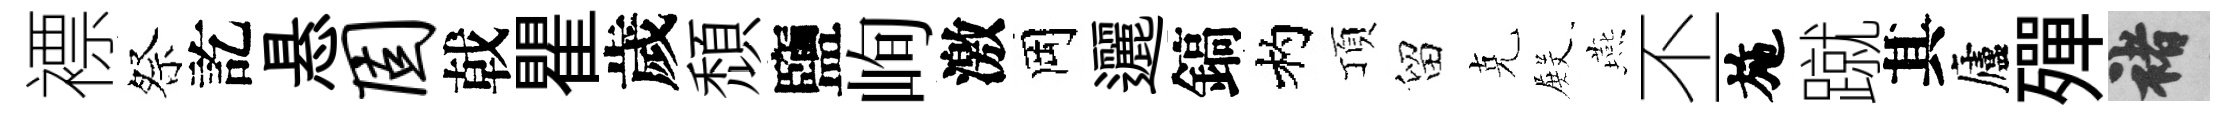
褾祭訖悬固戟瞿歲頹鹽峋激岡邐鎬杓頂留克𭮺燕丕施蹴其廬殫褚